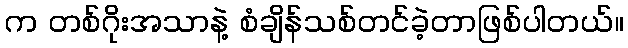
က တစ်ဂိုးအသာနဲ့ စံချိန်သစ်တင်ခဲ့တာဖြစ်ပါတယ်။